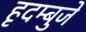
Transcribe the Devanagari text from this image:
हृदम्बुजे